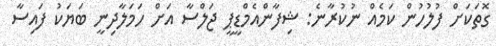
ގޮތަކަށް ފުލުހުން ކަމެއް ނުކުރާނެ: ޝިފާންއެމްޑީޕީ ޖަލްސާ އަށް ހަމަލާދިނީ ބަޔަކު ފައިސާ